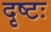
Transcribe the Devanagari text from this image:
दृष्टः